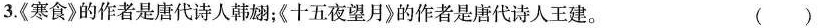
3.《寒食》的作者是唐代诗人韩；《十五夜望月》的作者是唐代诗人王建 ( )